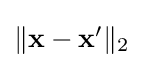
{\textstyle \|\mathbf {x} -\mathbf {x'} \|_{2}}